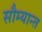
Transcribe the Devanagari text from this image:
सौम्यान्त